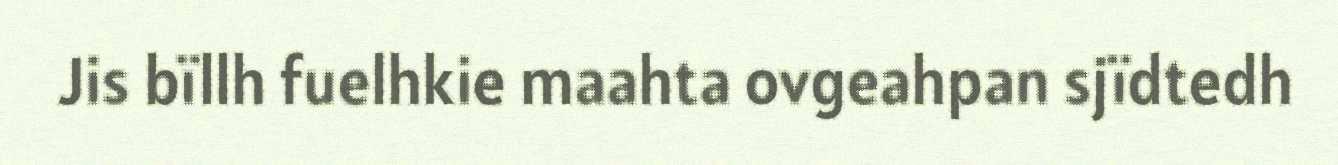
Jis bïllh fuelhkie maahta ovgeahpan sjïdtedh